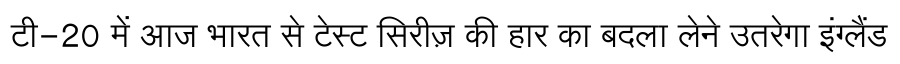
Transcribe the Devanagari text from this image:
टी-20 में आज भारत से टेस्ट सिरीज़ की हार का बदला लेने उतरेगा इंग्लैंड